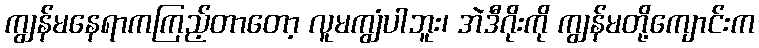
ကျွန်မနေရာကကြည့်တာတော့ လူမကျွံပါဘူး၊ အဲဒီဂိုးကို ကျွန်မတို့ကျောင်းက